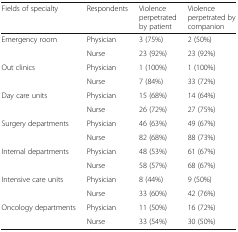
<table><thead><tr><td><b>Fields of specialty</b></td><td><b>Respondents</b></td><td><b>Violence perpetrated by patient</b></td><td><b>Violence perpetrated by companion</b></td></tr></thead><tbody><tr><td rowspan="2">Emergency room</td><td>Physician</td><td>3 (75%)</td><td>2 (50%)</td></tr><tr><td>Nurse</td><td>23 (92%)</td><td>23 (92%)</td></tr><tr><td rowspan="2">Out clinics</td><td>Physician</td><td>1 (100%)</td><td>1 (100%)</td></tr><tr><td>Nurse</td><td>7 (84%)</td><td>33 (72%)</td></tr><tr><td rowspan="2">Day care units</td><td>Physician</td><td>15 (68%)</td><td>14 (64%)</td></tr><tr><td>Nurse</td><td>26 (72%)</td><td>27 (75%)</td></tr><tr><td rowspan="2">Surgery departments</td><td>Physician</td><td>46 (63%)</td><td>49 (67%)</td></tr><tr><td>Nurse</td><td>82 (68%)</td><td>88 (73%)</td></tr><tr><td rowspan="2">Internal departments</td><td>Physician</td><td>48 (53%)</td><td>61 (67%)</td></tr><tr><td>Nurse</td><td>58 (57%)</td><td>68 (67%)</td></tr><tr><td rowspan="2">Intensive care units</td><td>Physician</td><td>8 (44%)</td><td>9 (50%)</td></tr><tr><td>Nurse</td><td>33 (60%)</td><td>42 (76%)</td></tr><tr><td rowspan="2">Oncology departments</td><td>Physician</td><td>11 (50%)</td><td>16 (72%)</td></tr><tr><td>Nurse</td><td>33 (54%)</td><td>30 (50%)</td></tr></tbody></table>